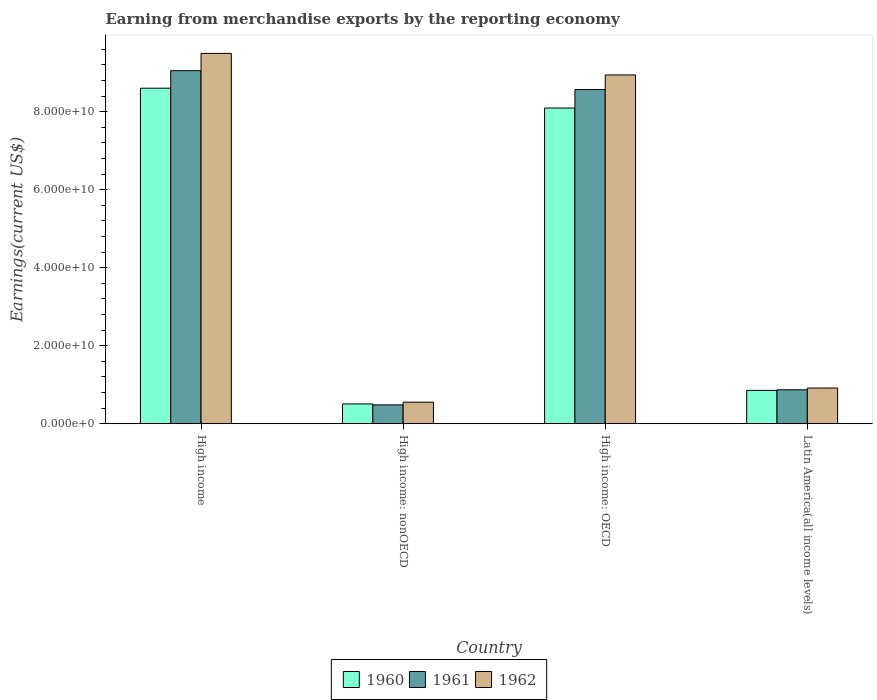
| Country | 1960 | 1961 | 1962 |
 | --- | --- | --- | --- |
 | High income | 8.6e+10 | 9.05e+10 | 9.49e+10 |
 | High income: nonOECD | 5.08e+09 | 4.84e+09 | 5.53e+09 |
 | High income: OECD | 8.09e+10 | 8.57e+10 | 8.94e+10 |
 | Latin America(all income levels) | 8.55e+09 | 8.7e+09 | 9.15e+09 |